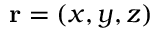
{ \bf r } = ( x , y , z )